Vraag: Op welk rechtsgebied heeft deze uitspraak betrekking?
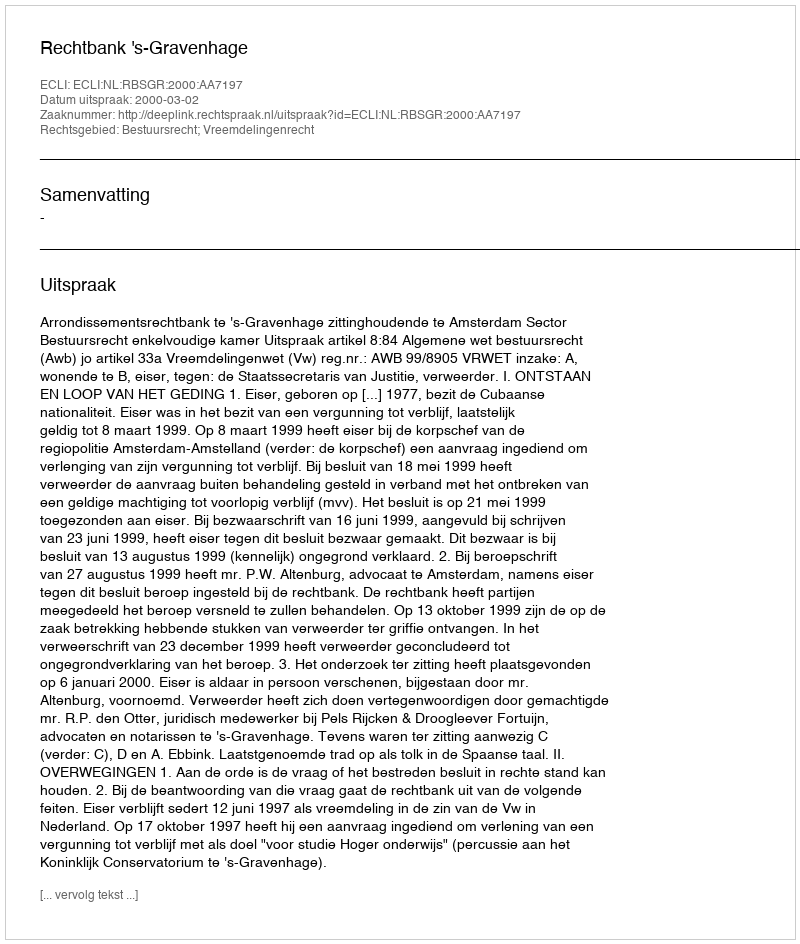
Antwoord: Bestuursrecht; Vreemdelingenrecht